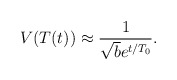
\begin{align*}V(T(t)) \approx \frac{1}{\sqrt{b} e^{t/T_0}}.\end{align*}